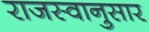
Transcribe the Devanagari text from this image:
राजस्वानुसार